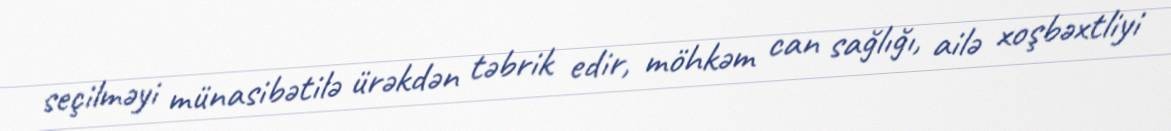
seçilməyi münasibətilə ürəkdən təbrik edir, möhkəm can sağlığı, ailə xoşbəxtliyi